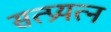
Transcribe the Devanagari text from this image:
सत्प्रयत्न